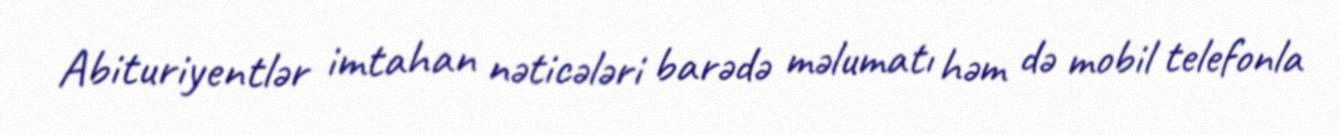
Abituriyentlər imtahan nəticələri barədə məlumatı həm də mobil telefonla